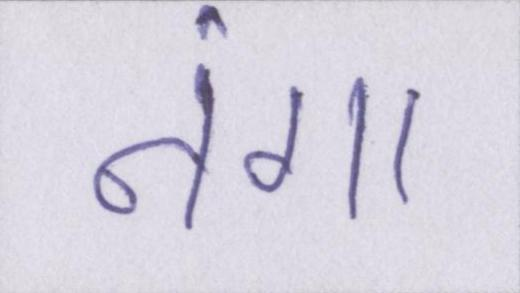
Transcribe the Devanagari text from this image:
नंगा